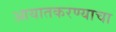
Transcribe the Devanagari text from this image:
आयातकरण्याचा